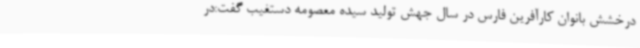
درخشش بانوان کارآفرین فارس در سال جهش تولید سیده معصومه دستغیب گفت:در